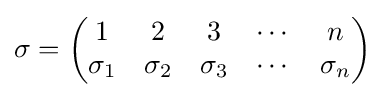
\sigma ={\begin{pmatrix}1&2&3&\cdots &n\\\sigma _{1}&\sigma _{2}&\sigma _{3}&\cdots &\sigma _{n}\end{pmatrix}}